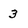
Character: 3